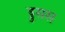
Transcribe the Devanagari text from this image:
ड्रुसस